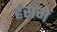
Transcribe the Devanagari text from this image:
हंसनें